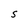
Character: S